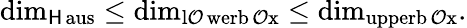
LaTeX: \dim_{\operatorname{\mathsf{H}aus}}\leq\dim_{\operatorname{l\mathcal{O}werb\mathcal{O}x}}\leq\dim_{\operatorname{upperb\mathcal{O}x}}.